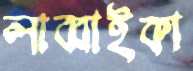
লাব্বাইকা